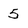
Character: 5